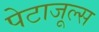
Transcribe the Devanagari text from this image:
पेटाजूल्स